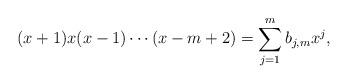
LaTeX: \begin{align*}(x+1)x(x-1)\cdots(x-m+2)=\sum_{j=1}^m b_{j,m}x^j,\end{align*}